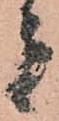
者